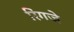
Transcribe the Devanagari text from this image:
रिंगजे